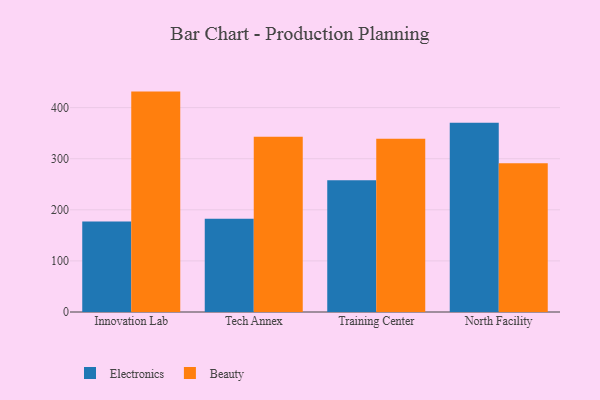
{"axis": {"x": "Campus", "y": "Operating Costs (USD K)"}, "legend": ["Beauty", "Electronics"], "data": [{"x": "Innovation Lab", "y": 177.0, "type": "Electronics"}, {"x": "Innovation Lab", "y": 431.4, "type": "Beauty"}, {"x": "Tech Annex", "y": 182.6, "type": "Electronics"}, {"x": "Tech Annex", "y": 342.9, "type": "Beauty"}, {"x": "Training Center", "y": 257.7, "type": "Electronics"}, {"x": "Training Center", "y": 339.0, "type": "Beauty"}, {"x": "North Facility", "y": 370.2, "type": "Electronics"}, {"x": "North Facility", "y": 291.0, "type": "Beauty"}]}